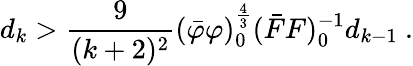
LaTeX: d_{k}>\frac{9}{(k+2)^{2}}(\bar{\varphi}\varphi)_{0}^{\frac{4}{3}}(\bar{F}F)_{0}^{-1}d_{k-1}\ .